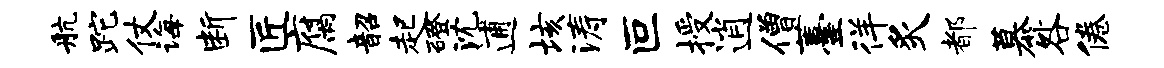
航跎仗诲断匠腐韶起磴沈逋垓涛叵授逍僧薹徉炙都慕咎倦